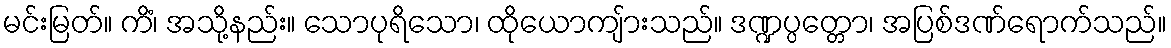
မင်းမြတ်။ ကိံ၊ အသို့နည်း။ သောပုရိသော၊ ထိုယောကျ်ားသည်။ ဒဏ္ဍပ္ပတ္တော၊ အပြစ်ဒဏ်ရောက်သည်။